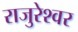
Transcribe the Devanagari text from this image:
राजुरेश्वर